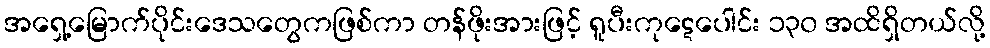
အရှေ့မြောက်ပိုင်းဒေသတွေကဖြစ်ကာ တန်ဖိုးအားဖြင့် ရူပီးကုဋေပေါင်း ၁၃၀ အထိရှိတယ်လို့